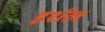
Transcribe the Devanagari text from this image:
इर्शल